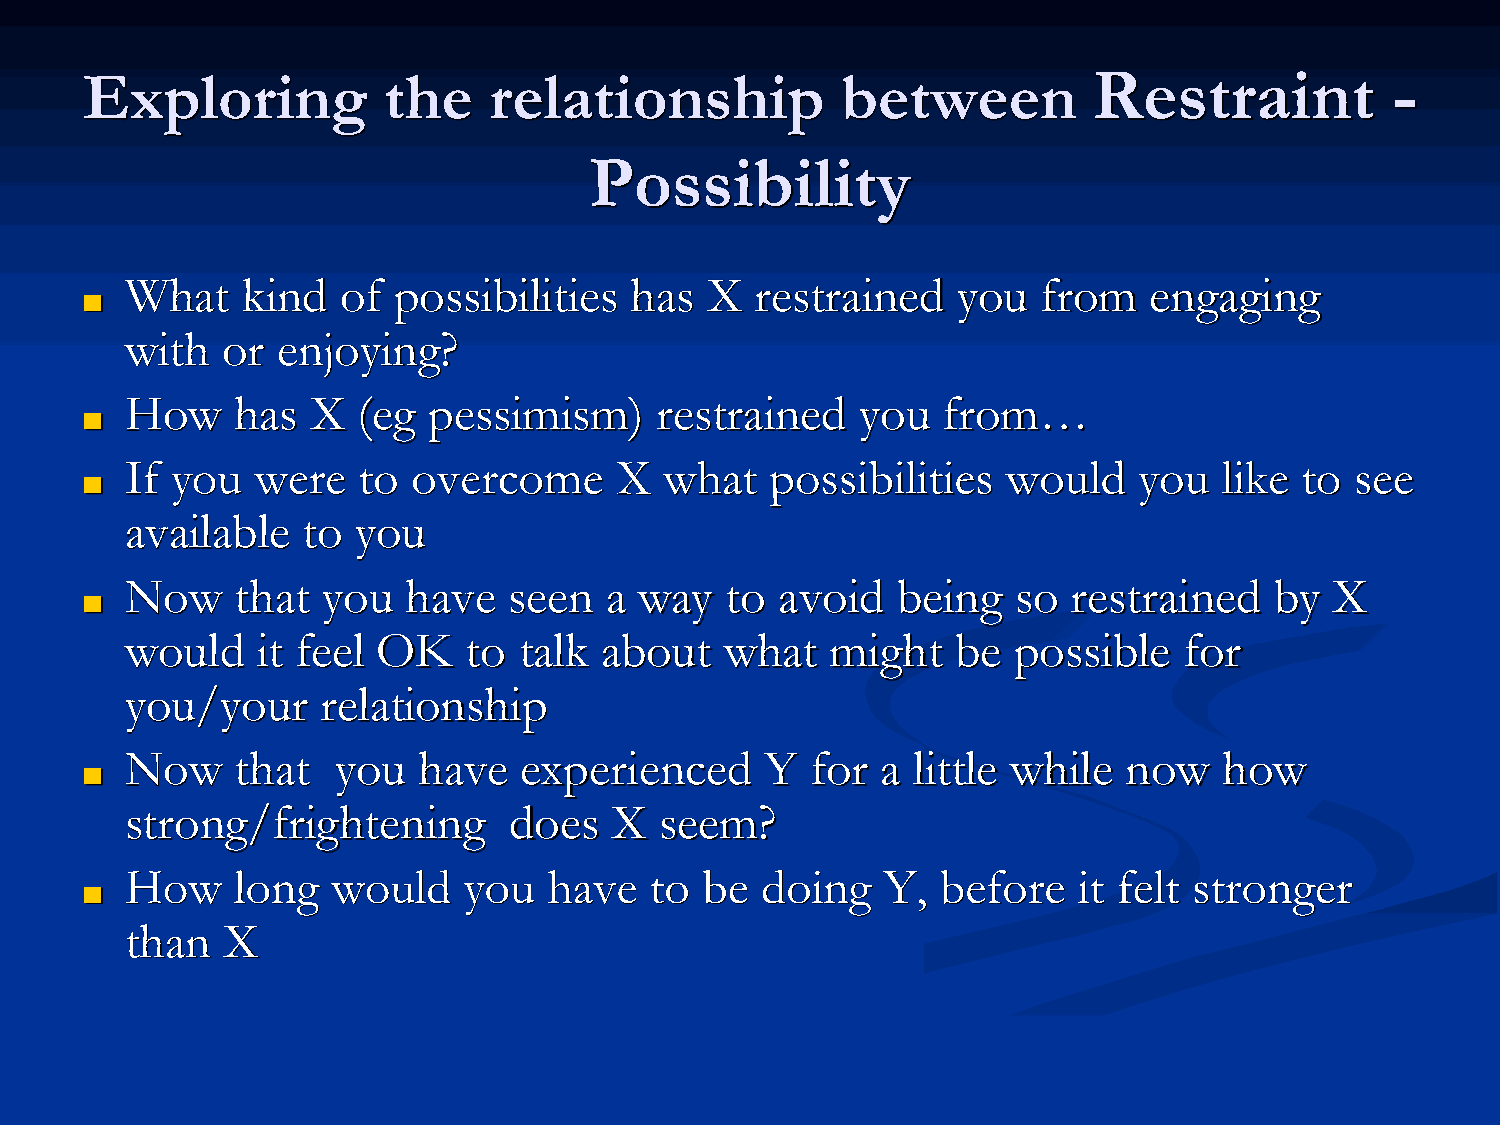
Exploring           the    relationship            between         Restraint           -
 Possibility
 What    kind  of  possibilities   has  X  restrained   you   from   engaging
 ■
 with   or enjoying?
 How    has   X  (eg pessimism)     restrained    you  from…
 ■
 If you   were   to overcome      X  what   possibilities   would   you   like to  see
 ■
 available   to  you
 Now     that you   have   seen  a way   to  avoid  being   so  restrained   by  X
 ■
 would    it feel OK    to talk  about   what   might   be  possible   for
 you/your     relationship
 Now     that  you   have  experienced      Y  for a little while  now    how
 ■
 strong/frightening        does   X  seem?
 How    long   would    you  have   to be  doing   Y,  before   it felt stronger
 ■
 than   X